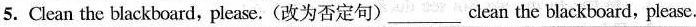
5. Clean the blackboard, please.(改为否定句) ___ clean the blackboard, please.